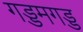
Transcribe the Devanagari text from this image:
गड्डमगड्ड